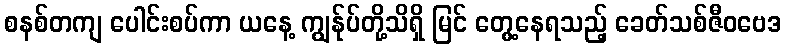
စနစ်တကျ ပေါင်းစပ်ကာ ယနေ့ ကျွန်ုပ်တို့သိရှိ မြင် တွေ့နေရသည့် ခေတ်သစ်ဇီဝဗေဒ